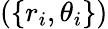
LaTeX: (\{ r_{i},\theta_{i}\} )